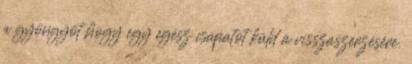
a gyöngyöt hogy egy egész csapatot küld a visszaszerzésére.